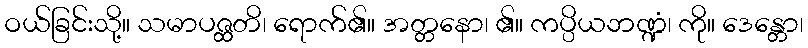
ဝယ်ခြင်းသို့။ သမာပဇ္ထတိ၊ ရောက်၏။ အတ္တနော၊ ၏။ ကပ္ပိယဘဏ္ဍံ၊ ကို။ ဒေန္တော၊